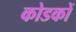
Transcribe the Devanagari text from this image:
कोडकों